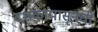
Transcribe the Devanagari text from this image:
दशकांपासूनची